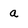
Character: a